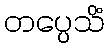
တပ္ပေသိံ